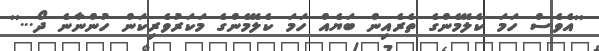
''އެވެސް ހަމަ ކެލޭމެންގެ ތެރެއިން ބަޔެއް ހަމަ ކެލޭމެންގެ މަކަރުވެރިކަން ހުންނާނެ ދޯ...''